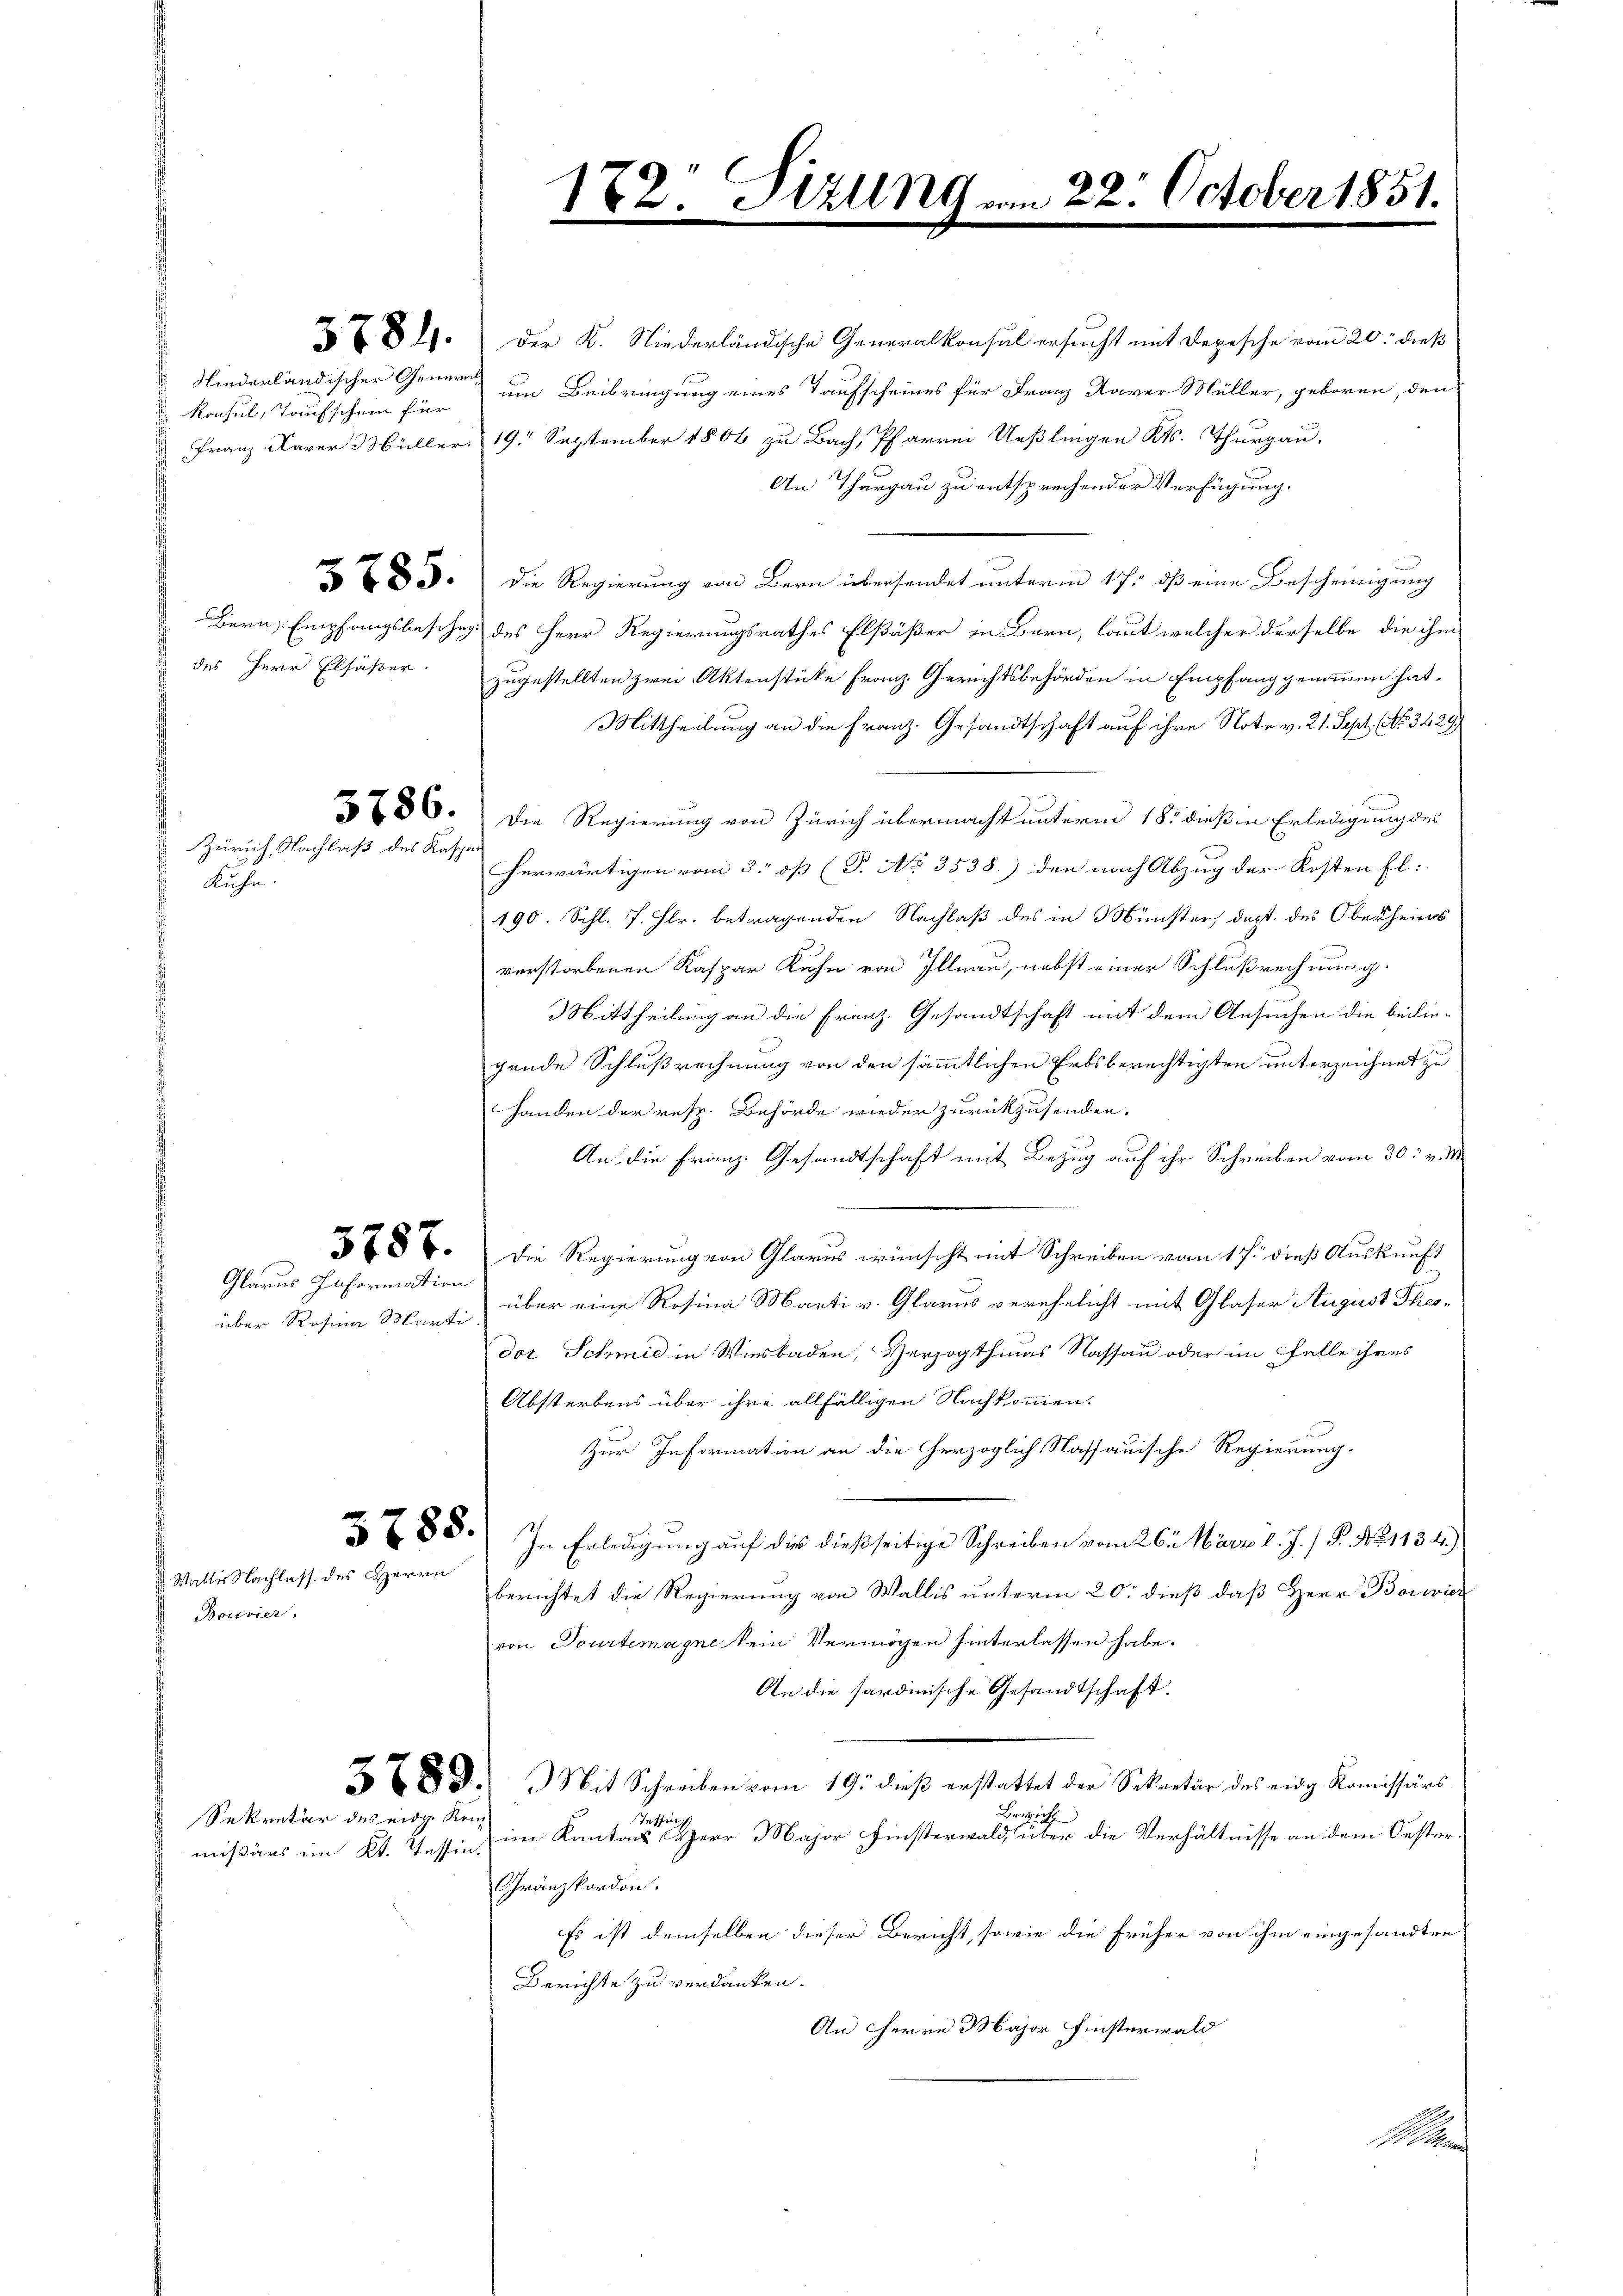
Wallis Nachlass des Herrn
Bouvier.

Niederländischer General¬
 Konsul, Taufschein für

des Herr Elsässer.

Zürich, Nachlaß des Kaspar
Kuhe.

über Rosina Marti.

Glarus Information

§ 8). Der K. Niederländische Generalkonsul ersucht mit Depesche vom 20. dieß
um Beibringung eines Taufscheines für Franz Xaver Müller, geboren, den
 Franz Xaver Müller. 19. September 1806 zu Bach, Pfarrei Ueßlingen Kts. Thurgau.
An Thurgau zu entsprechender Verfügung.
 3. Die Regierung von Bern übersendet unterm 17. dβ eine Bescheinigung
Bern, Empfangsbesitze des Herr Regierungsrathes Elsäßer in Bern, laut welcher derselbe die ihm
zugestellten zwei Aktenstücke Franz. Gerichtsbehörden in Empfang genommen hat.
Mittheilung an die Franz. Gesandtschaft auf ihre Note v. 21. Sept No. 3429
286. Die Regierung von Zürich übermacht unterm 18. dieß in Erledigung des
herwärtigen vom 3. os (P. No 3538.) den nach Abzug der Kosten El:
190. Schl. 7. Hlr. betragenden Nachlaß des in Münster, dest. des Oberheims
verstorbenen Kaspar Kuhn von Illnau, nebst einer Schlußrechnung.
Mittheilung an die Franz. Gesandtschaft mit dem Ansuchen die beilie-
gende Schlußrechnung von den sämmtlichen Erbsberechtigten unterzeichnet zu
Handen der resp. Behörde wieder zurückzusenden.
An die Franz. Gesandtschaft mit Bezug auf ihr Schreiben vom 30. v. M.
86. Die Regierung von Glarus wünscht mit Schreiben vom 17. dieß Auskunft
über eine Rosina Marti v. Glarus verehelicht mit Glaser August Theodor Schmid in Wiesbaden, Herzogthums Nassau oder im Felle ihres
Absterbens über ihre allfälligen Nachkommen.
Zur Information an die herzoglich Nassauische Regierung.
88.) In Erledigung auf die dießseitige Schreiben vom 26. März l. J. P. Nr. 1134.)
berichtet die Regierung von Wallis unterm 20. dieß, daß Herr Borrier
von Tourtemagne kein Vermögen hinterlassen habe.
An die sardinische Gesandtschaft.
8 d. Mit Schreiben vom 19. dieß erstattet der Sekretär des eidg. Komissärs
Berzicht
Tessing
im Kantons Herr Major Finsterwald über die Verhältnisse an dem Oester¬
Gränzkordon.
Es ist demselben dieser Bericht, sowie die früher von ihm eingesandten
Berichte zu verdanken.
An Herrn Major Finsterwald

Sekretär des eidg. Kein
mißärs im Kt. Tessin.

1.

22. Sizung

22. October 1851.